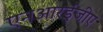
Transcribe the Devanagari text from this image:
एनआरईजीए